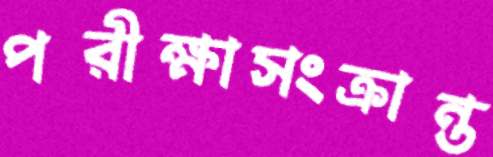
পরীক্ষাসংক্রান্ত